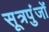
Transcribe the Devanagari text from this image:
सूत्रपुंजों